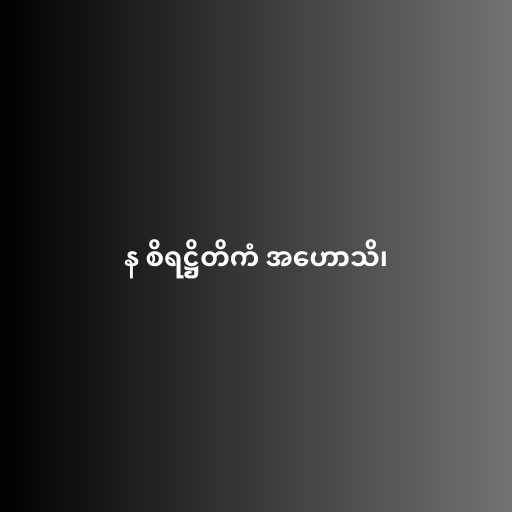
န စိရဋ္ဌိတိကံ အဟောသိ၊